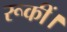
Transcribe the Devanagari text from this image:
रूकीं।